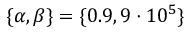
\{ \alpha , \beta \} = \{ 0 . 9 , 9 \cdot 1 0 ^ { 5 } \}